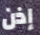
إذن